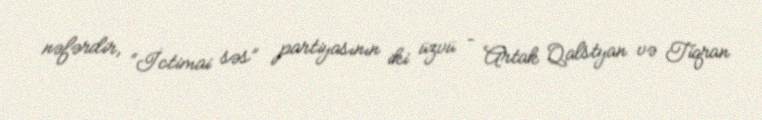
nəfərdir, “İctimai səs” partiyasının iki üzvü – Artak Qalstyan və Tiqran